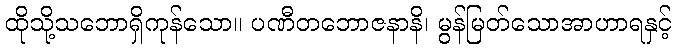
ထိုသို့သဘောရှိကုန်သော။ ပဏီတဘောဇနာနိ၊ မွန်မြတ်သောအာဟာရနှင့်